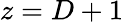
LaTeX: z=D+1